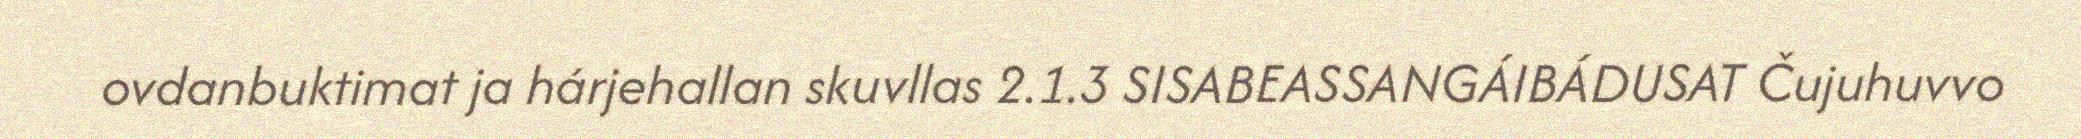
ovdanbuktimat ja hárjehallan skuvllas 2.1.3 SISABEASSANGÁIBÁDUSAT Čujuhuvvo